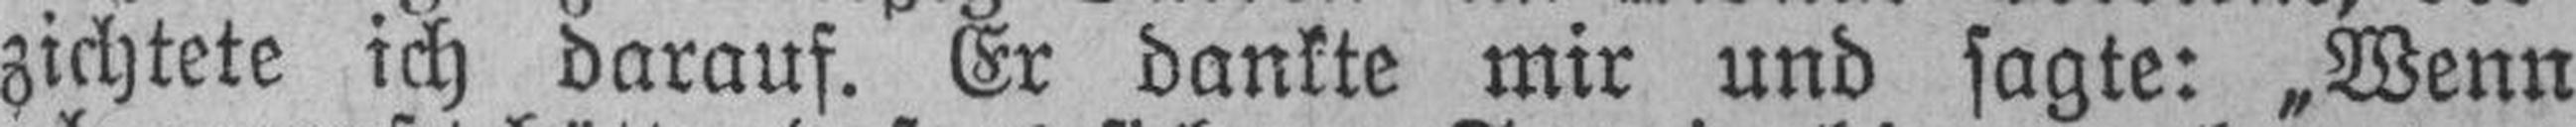
zichtete ich darauf. Er dankte mir und sagte: „Wenn